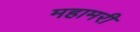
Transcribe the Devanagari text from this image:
महामरी